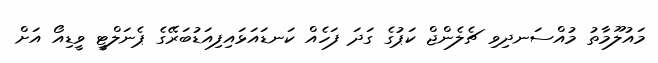
މައުލޫމާތު މުއްސަނދިވި ޗެލެންޖް ކަޕުގެ ގަދަ ފަހެއް ކަނޑައަޅައިފިއަޑުބަރޭގެ ޕެނަލްޓީ ވީޑިއޯ އަށް